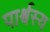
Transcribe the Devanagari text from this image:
पार्श्वस्य